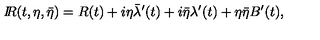
{ I \! \! R } ( t , \eta , \bar { \eta } ) = R ( t ) + i \eta \bar { \lambda } ^ { \prime } ( t ) + i \bar { \eta } \lambda ^ { \prime } ( t ) + \eta \bar { \eta } B ^ { \prime } ( t ) ,